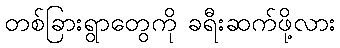
တစ်ခြားရွာတွေကို ခရီးဆက်ဖို့လား